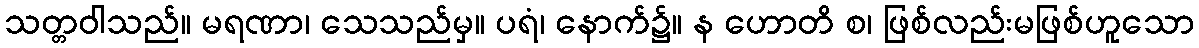
သတ္တဝါသည်။ မရဏာ၊ သေသည်မှ။ ပရံ၊ နောက်၌။ န ဟောတိ စ၊ ဖြစ်လည်းမဖြစ်ဟူသော